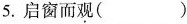
5.启窗而观（）